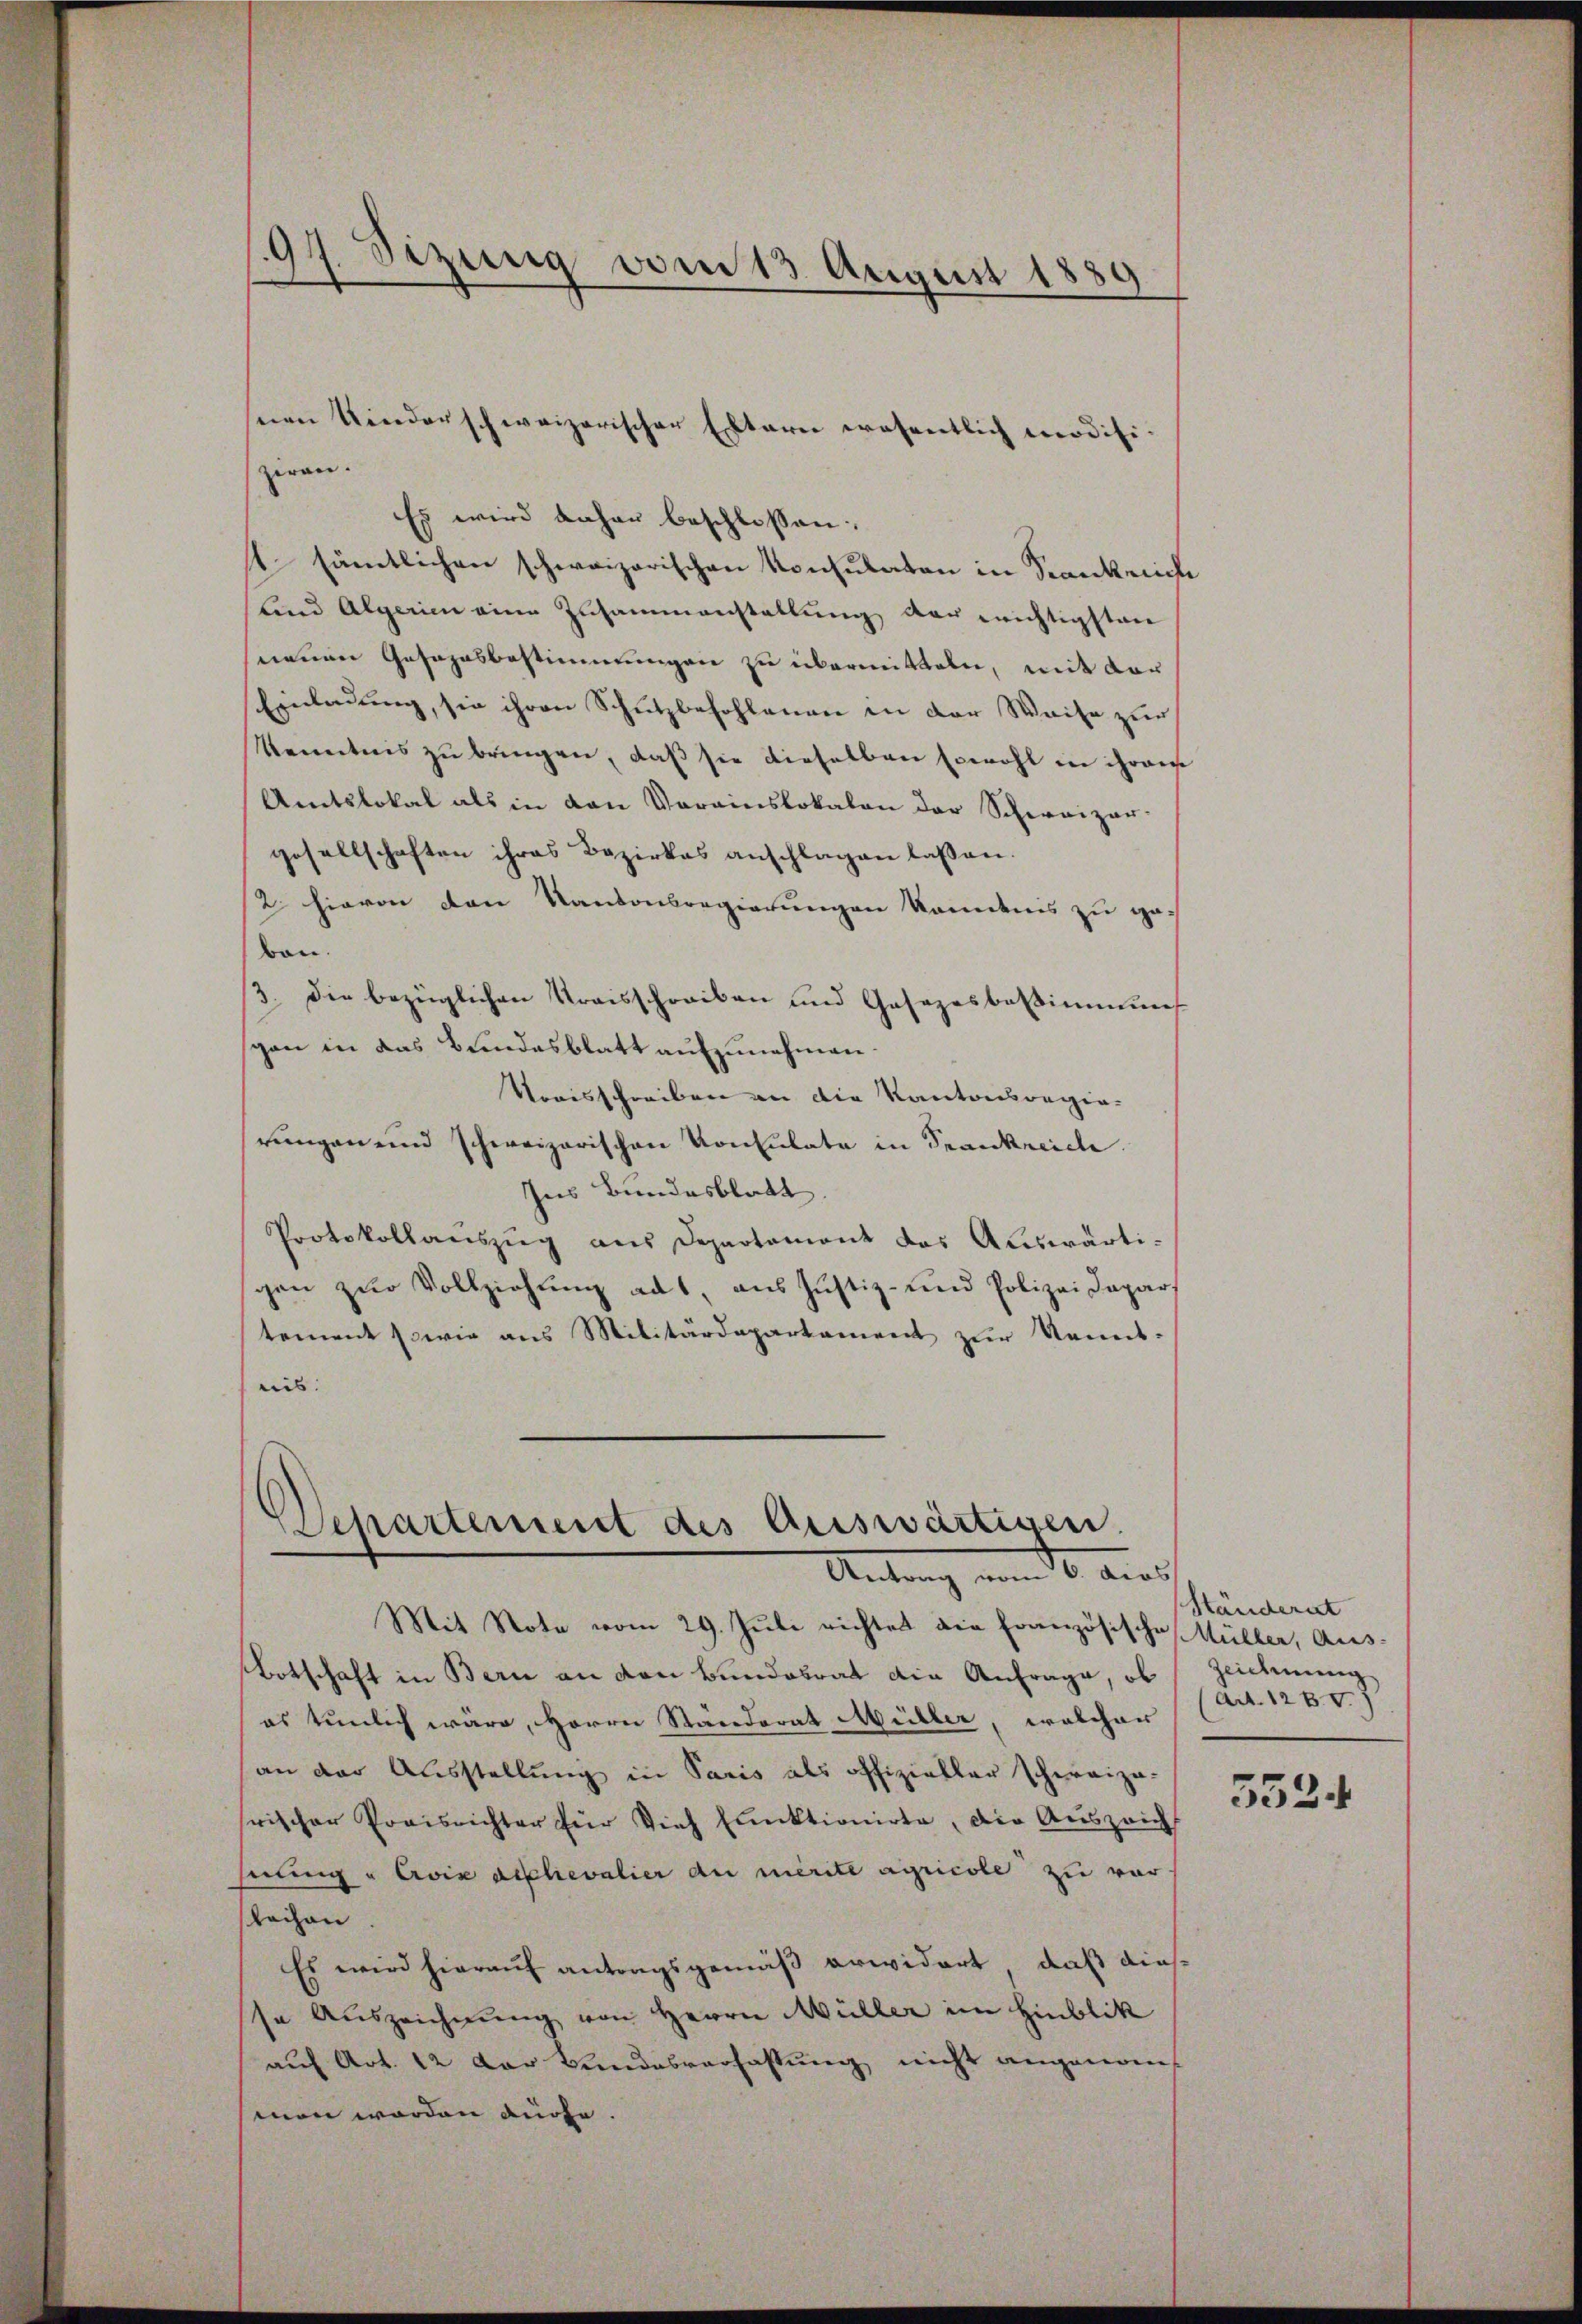
Es wird daher beschlossen.
t sämtlichen schweizerischen Konsulaten in Krankreiche
und Algerien eine Zusammenstellung der wichtigsten
neuen Gesahnsbestimmungen zu übermitteln, mit der
Einladung, sie ihren Schutzbefohlenen in der Weise zur
Kenntnis zŭ bringen, daß sie dieselben sowohl in ihren
Amtslokal als in den Vorainslokalen der Schweizer-
gesellschaften ihres Bezirkes anschlagen lassen.
12. hievon den Kantonsregierungen konntnis zu gebon.
3. Die bezüglichen Kraisschreiben und Gesezesbestimmung
gan in das Bundesblatt aufzunehmen.
Kraisschreiben an die Kantonsregierungen und schweizerischen Konsulate in Trankreiche
Ins Bundesblatt
Protokollauszug aus Departement das Auswärtigen zur Vollziehung ad 1, aus Justiz- und Polizei Dapar
tement sowie aus Militärdepartament zur Kennt-
eib.

97. Sizung vom 13 August 1889

seien Kinderschweizerischer Eltern wesentlich modifi-
zeran.

Departement des Auswärtigen.
Antrag vom 6. dies

Mit Note vom 29. Juli richtet die Französische Hüller, Aus-
Botschaft in Bern an den Bundesrat die Anfrage, ob Zeichnung
es tunlich wäre, Herrn Standerat Müller, welcher
an der Ausstellung in Paris als offizieller schweiza-
rischer Preisrichter für Vieh Einktionirte, die Auszeicht
hnung u Avix applievalier du mérite agricole zu vor
Rachen
Es wird hierauf antragsgemäß erwidert, daß diesse Auszeichnung von Herrn Müller im Hinblik
auf Art. 12 der Bundesverfassung nicht angenommen worden auche.

Ständerat
ad. 1280.

5524